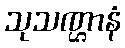
သုသဏ္ဌာနံ